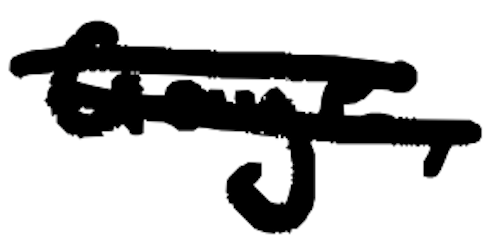
Text: Gaye,
Cross-out: double-line
Writing tool: digital_black